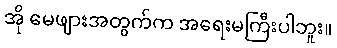
အို မေဖျားအတွက်က အရေးမကြီးပါဘူး။